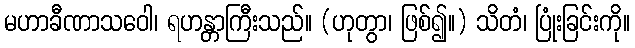
မဟာခီဏာသဝေါ၊ ရဟန္တာကြီးသည်။ (ဟုတွာ၊ ဖြစ်၍။) သိတံ၊ ပြုံးခြင်းကို။